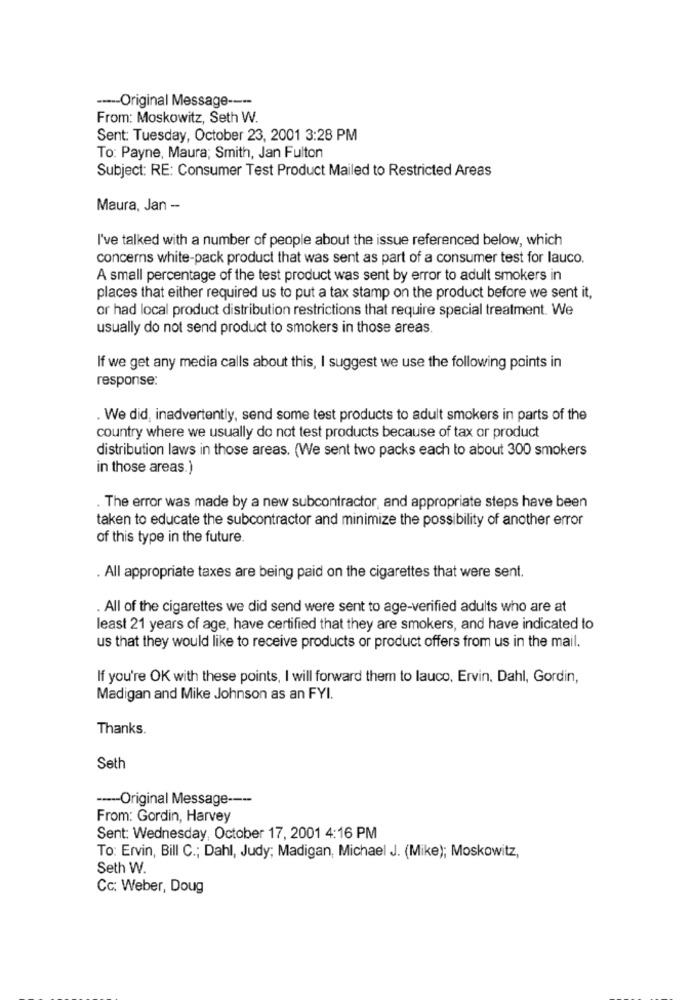
----- Original Message ----
From: Moskowitz, Seth W.
Sent: Tuesday, October 23, 2001 3:28 PM
To: Payne, Maura; Smith, Jan Fulton
Subject: RE: Consumer Test Product Mailed to Restricted Areas
Maura, Jan -
I've talked with a number of people about the issue referenced below, which
concerns white-pack product that was sent as part of a consumer test for lauco.
A small percentage of the test product was sent by error to adult smokers in
places that either required us to put a tax stamp on the product before we sent it,
or had local product distribution restrictions that require special treatment. We
usually do not send product to smokers in those areas.
If we get any media calls about this, I suggest we use the following points in
response:
. We did, inadvertently, send some test products to adult smokers in parts of the
country where we usually do not test products because of tax or product
distribution laws in those areas. (We sent two packs each to about 300 smokers
in those areas.)
.The error was made by a new subcontractor, and appropriate steps have been
taken to educate the subcontractor and minimize the possibility of another error
of this type in the future
. All appropriate taxes are being paid on the cigarettes that were sent.
. All of the cigarettes we did send were sent to age-verified adults who are at
least 21 years of age, have certified that they are smokers, and have indicated to
us that they would like to receive products or product offers from us in the mail.
If you're OK with these points, I will forward them to lauco, Ervin. Dahl, Gordin,
Madigan and Mike Johnson as an FYI.
Thanks.
Seth
----- Original Message ----
From: Gordin, Harvey
Sent: Wednesday, October 17, 2001 4:16 PM
To: Ervin, Bill C .; Dahl, Judy; Madigan, Michael J. (Mike); Moskowitz,
Seth W.
Cc: Weber, Doug